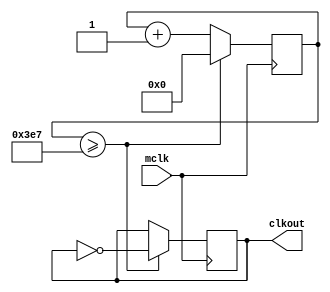
module clkdiv (
input mclk, // Input clock. we are gonna use 1Mhz clock frequency
output reg clkout = 1'b0 // Output clock. we are gonna use 1Khz clock frequency
);
reg [19:0] rCnt = 20'h0_0000;
always @(posedge mclk)
begin
  if (rCnt[19:0] >= 999) begin//(create_clock / generate_clock) - 1
  rCnt[19:0] <= 20'h0_0000;
  clkout <= ~clkout;
  end
  else begin
  rCnt[19:0] <= rCnt[19:0] + 20'h0_0001;
  end
end
endmodule